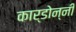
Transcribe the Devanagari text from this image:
कार्डोन्‍नी